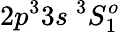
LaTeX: {2p^{3}3s~^{3}S_{1}^{o}}